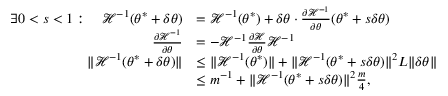
\begin{array} { r l } { \exists 0 < s < 1 : \quad \mathcal { H } ^ { - 1 } ( { \boldsymbol { \theta } } ^ { * } + \delta { \boldsymbol { \theta } } ) } & { = \mathcal { H } ^ { - 1 } ( { \boldsymbol { \theta } } ^ { * } ) + \delta { \boldsymbol { \theta } } \cdot \frac { \partial \mathcal { H } ^ { - 1 } } { \partial { \boldsymbol { \theta } } } ( { \boldsymbol { \theta } } ^ { * } + s \delta { \boldsymbol { \theta } } ) } \\ { \frac { \partial \mathcal { H } ^ { - 1 } } { \partial { \boldsymbol { \theta } } } } & { = - \mathcal { H } ^ { - 1 } \frac { \partial \mathcal { H } } { \partial { \boldsymbol { \theta } } } \mathcal { H } ^ { - 1 } } \\ { \lVert \mathcal { H } ^ { - 1 } ( { \boldsymbol { \theta } } ^ { * } + \delta { \boldsymbol { \theta } } ) \rVert } & { \leq \lVert \mathcal { H } ^ { - 1 } ( { \boldsymbol { \theta } } ^ { * } ) \rVert + \lVert \mathcal { H } ^ { - 1 } ( { \boldsymbol { \theta } } ^ { * } + s \delta { \boldsymbol { \theta } } ) \rVert ^ { 2 } L \lVert \delta { \boldsymbol { \theta } } \rVert } \\ & { \leq m ^ { - 1 } + \lVert \mathcal { H } ^ { - 1 } ( { \boldsymbol { \theta } } ^ { * } + s \delta { \boldsymbol { \theta } } ) \rVert ^ { 2 } \frac { m } { 4 } , } \end{array}